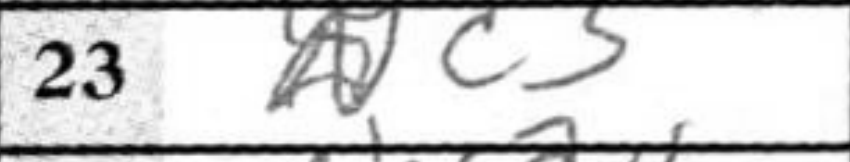
Transcription: Nc3